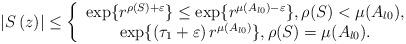
LaTeX: \begin{align*}\left\vert S\left( z\right) \right\vert \leq \left\{\begin{array}{c}\exp \{r^{\rho (S)+\varepsilon }\}\leq \exp \{r^{\mu (A_{l0})-\varepsilon}\},\rho (S)<\mu (A_{l0}), \\\exp \{\left( \tau _{1}+\varepsilon \right) r^{\mu (A_{l0})}\},\rho (S)=\mu (A_{l0}).\end{array}\right. \end{align*}